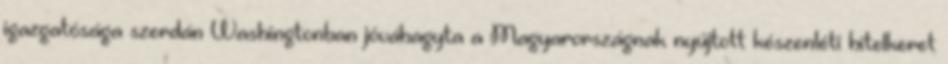
igazgatósága szerdán Washingtonban jóváhagyta a Magyarországnak nyújtott készenléti hitelkeret